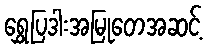
ရွှေပြဒါးအမြုတေအဆင့်